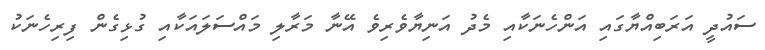
ސައުދީ އަރަބިއްޔާގައި އަންހެނަކާއި މެދު އަނިޔާވެރިވެ އޭނާ މަރާލި މައްސަލައަކާއި ގުޅިގެން ފިރިހެނަކު